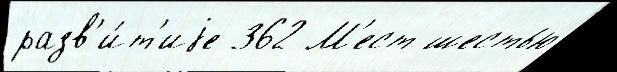
разв'и́т'иjе 362 М'ест шестью